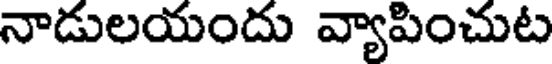
నాడులయందు వ్యాపించుట